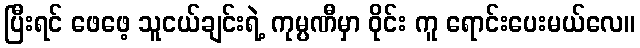
ပြီးရင် ဖေဖေ့ သူငယ်ချင်းရဲ့ ကုမ္ပဏီမှာ ဝိုင်း ကူ ရောင်းပေးမယ်လေ။